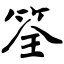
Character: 筌